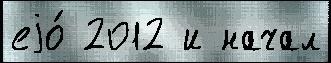
еjо́ 2012 и начал